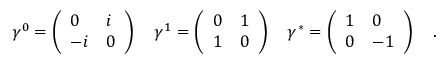
\gamma ^ { 0 } = \left( \begin{array} { l l } { { 0 } } & { { i } } \\ { { - i } } & { { 0 } } \end{array} \right) \quad \gamma ^ { 1 } = \left( \begin{array} { l l } { { 0 } } & { { 1 } } \\ { { 1 } } & { { 0 } } \end{array} \right) \quad \gamma ^ { * } = \left( \begin{array} { l l } { { 1 } } & { { 0 } } \\ { { 0 } } & { { - 1 } } \end{array} \right) \quad .